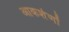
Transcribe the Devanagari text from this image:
आकर्शणों